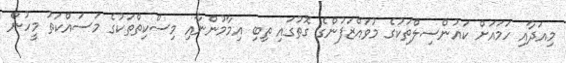
މިއަދާއި ހަމައަށް ކައުންސިލްތަކުގެ މުވައްޒަފުންގެ ގޮތުގައި ތިބި އިމާމުންނާއި މިސްކިތްތަކުގެ މަސައްކަތު މީހުން